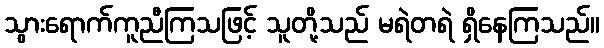
သွားရောက်ကူညီကြသဖြင့် သူတို့သည် မရဲတရဲ ရှိနေကြသည်။